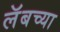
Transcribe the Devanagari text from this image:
लॅबच्या